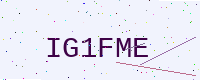
Text: IG1FME